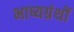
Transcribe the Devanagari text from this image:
भाष्यग्रंथों